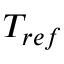
T _ { r e f }